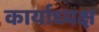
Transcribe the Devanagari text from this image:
कार्याध्‍यक्ष